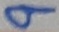
Text: 9